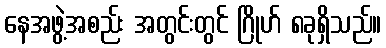
နေအဖွဲ့အစည်း အတွင်းတွင် ဂြိုဟ် ၈ခုရှိသည်။